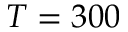
T = 3 0 0